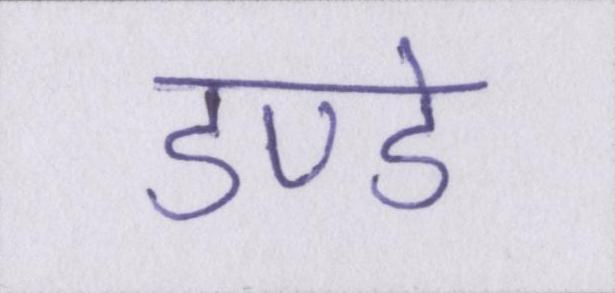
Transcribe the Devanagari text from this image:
डण्डे